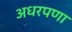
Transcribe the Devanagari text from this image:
अधरपणा